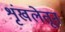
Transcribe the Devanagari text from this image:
शृंखलेतून